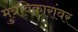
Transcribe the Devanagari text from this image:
मुत्रविकारांवर